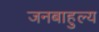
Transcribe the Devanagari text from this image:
जनबाहुल्य